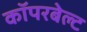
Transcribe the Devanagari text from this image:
कॉपरबेल्ट